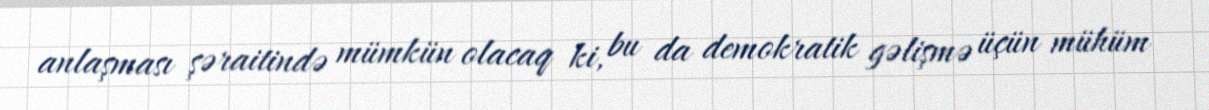
anlaşması şəraitində mümkün olacaq ki, bu da demokratik gəlişmə üçün mühüm